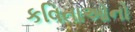
કવિતાઓનો